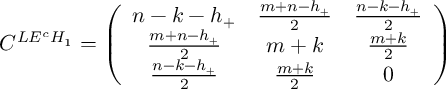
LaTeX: C ^ { L E ^ { c } H _ { 1 } } = \left( \begin{array} { c c c } { { n - k - h _ { + } } } & { { \frac { m + n - h _ { + } } { 2 } } } & { { \frac { n - k - h _ { + } } { 2 } } } \\ { { \frac { m + n - h _ { + } } { 2 } } } & { { m + k } } & { { \frac { m + k } { 2 } } } \\ { { \frac { n - k - h _ { + } } { 2 } } } & { { \frac { m + k } { 2 } } } & { { 0 } } \end{array} \right)